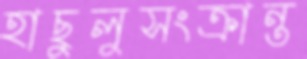
হাছুলুসংক্রান্ত